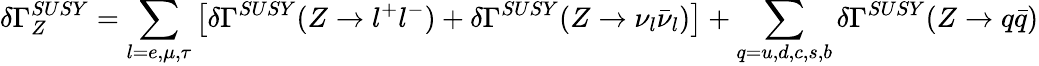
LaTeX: \delta\Gamma_{Z}^{SUSY}=\sum_{l=e,\mu,\tau}\left[\delta\Gamma^{SUSY}(Z\rightarrow l^{+}l^{-})+\delta\Gamma^{SUSY}(Z\rightarrow\nu_{l}\bar{\nu}_{l})\right]+\sum_{q=u,d,c,s,b}\delta\Gamma^{SUSY}(Z\rightarrow q\bar{q})